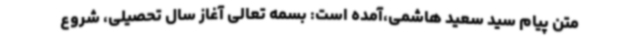
متن پیام سید سعید هاشمی،آمده است: بسمه تعالی آغاز سال تحصیلی، شروع